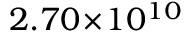
2 . 7 0 \! \times \! 1 0 ^ { 1 0 }